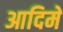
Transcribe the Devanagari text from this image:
आदिमें